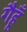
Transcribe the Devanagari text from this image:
गैहूँ